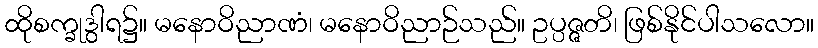
ထိုစက္ခုဒွါရ၌။ မနောဝိညာဏံ၊ မနောဝိညာဉ်သည်။ ဥပ္ပဇ္ဇတိ၊ ဖြစ်နိုင်ပါသလော။